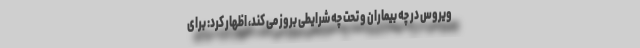
ویروس در چه بیماران و تحت چه شرایطی بروز می کند، اظهار کرد: برای